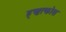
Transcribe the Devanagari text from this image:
ह्ऋत्कोस